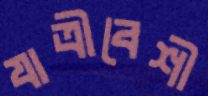
যাত্রীবেশী